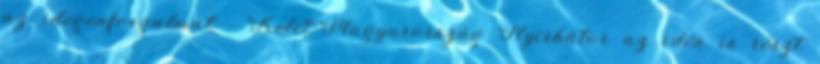
az idegenforgalmat - Kelet-Magyarország Nyírbátor az idén is részt